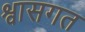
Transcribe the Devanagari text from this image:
श्वासगत